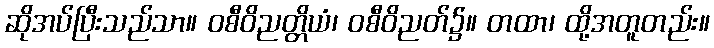
ဆိုအပ်ပြီးသည်သာ။ ဝစီဝိညတ္တိယံ၊ ဝစီဝိညတ်၌။ တထာ၊ ထို့အတူတည်း။